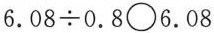
$$6 . 0 8 \div 0 . 8 \bigcirc 6 . 0 8$$